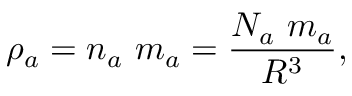
\rho _ { a } = n _ { a } \ m _ { a } = \frac { N _ { a } \ m _ { a } } { R ^ { 3 } } ,